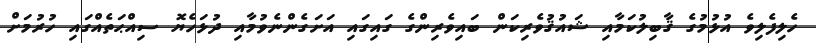
ހެލިފެލިވެ އުޅުމުގެ ޤާބިލުކަމާއި ޝައުޤުވެރިކަން ބައިވެރިންގެ ގައިގައި އަށަގެންނެވުމާއި ދުޅަހެޔޮ ސިއްޙަތެއްގައި ހުރުމަށް